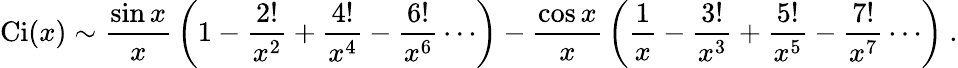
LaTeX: \operatorname{Ci}(x)\sim{\frac{\sin x}{x}}\left(1-{\frac{2!}{x^{2}}}+{\frac{4!}{x^{4}}}-{\frac{6!}{x^{6}}}\cdots\right)-{\frac{\cos x}{x}}\left({\frac{1}{x}}-{\frac{3!}{x^{3}}}+{\frac{5!}{x^{5}}}-{\frac{7!}{x^{7}}}\cdots\right)~.